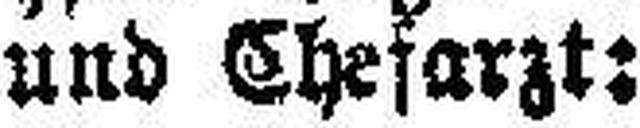
und Chefarzt: